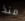
منذ